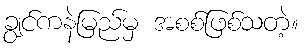
ချွင်ကနဲမြည်မှ အစစ်ဖြစ်သတဲ့။